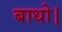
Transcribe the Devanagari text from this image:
बाधो।